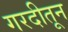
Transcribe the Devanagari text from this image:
गरदीतून